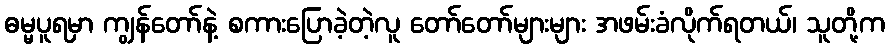
ဓမ္မပူရမှာ ကျွန်တော်နဲ့ စကားပြောခဲ့တဲ့လူ တော်တော်များများ အဖမ်းခံလိုက်ရတယ်၊ သူတို့က